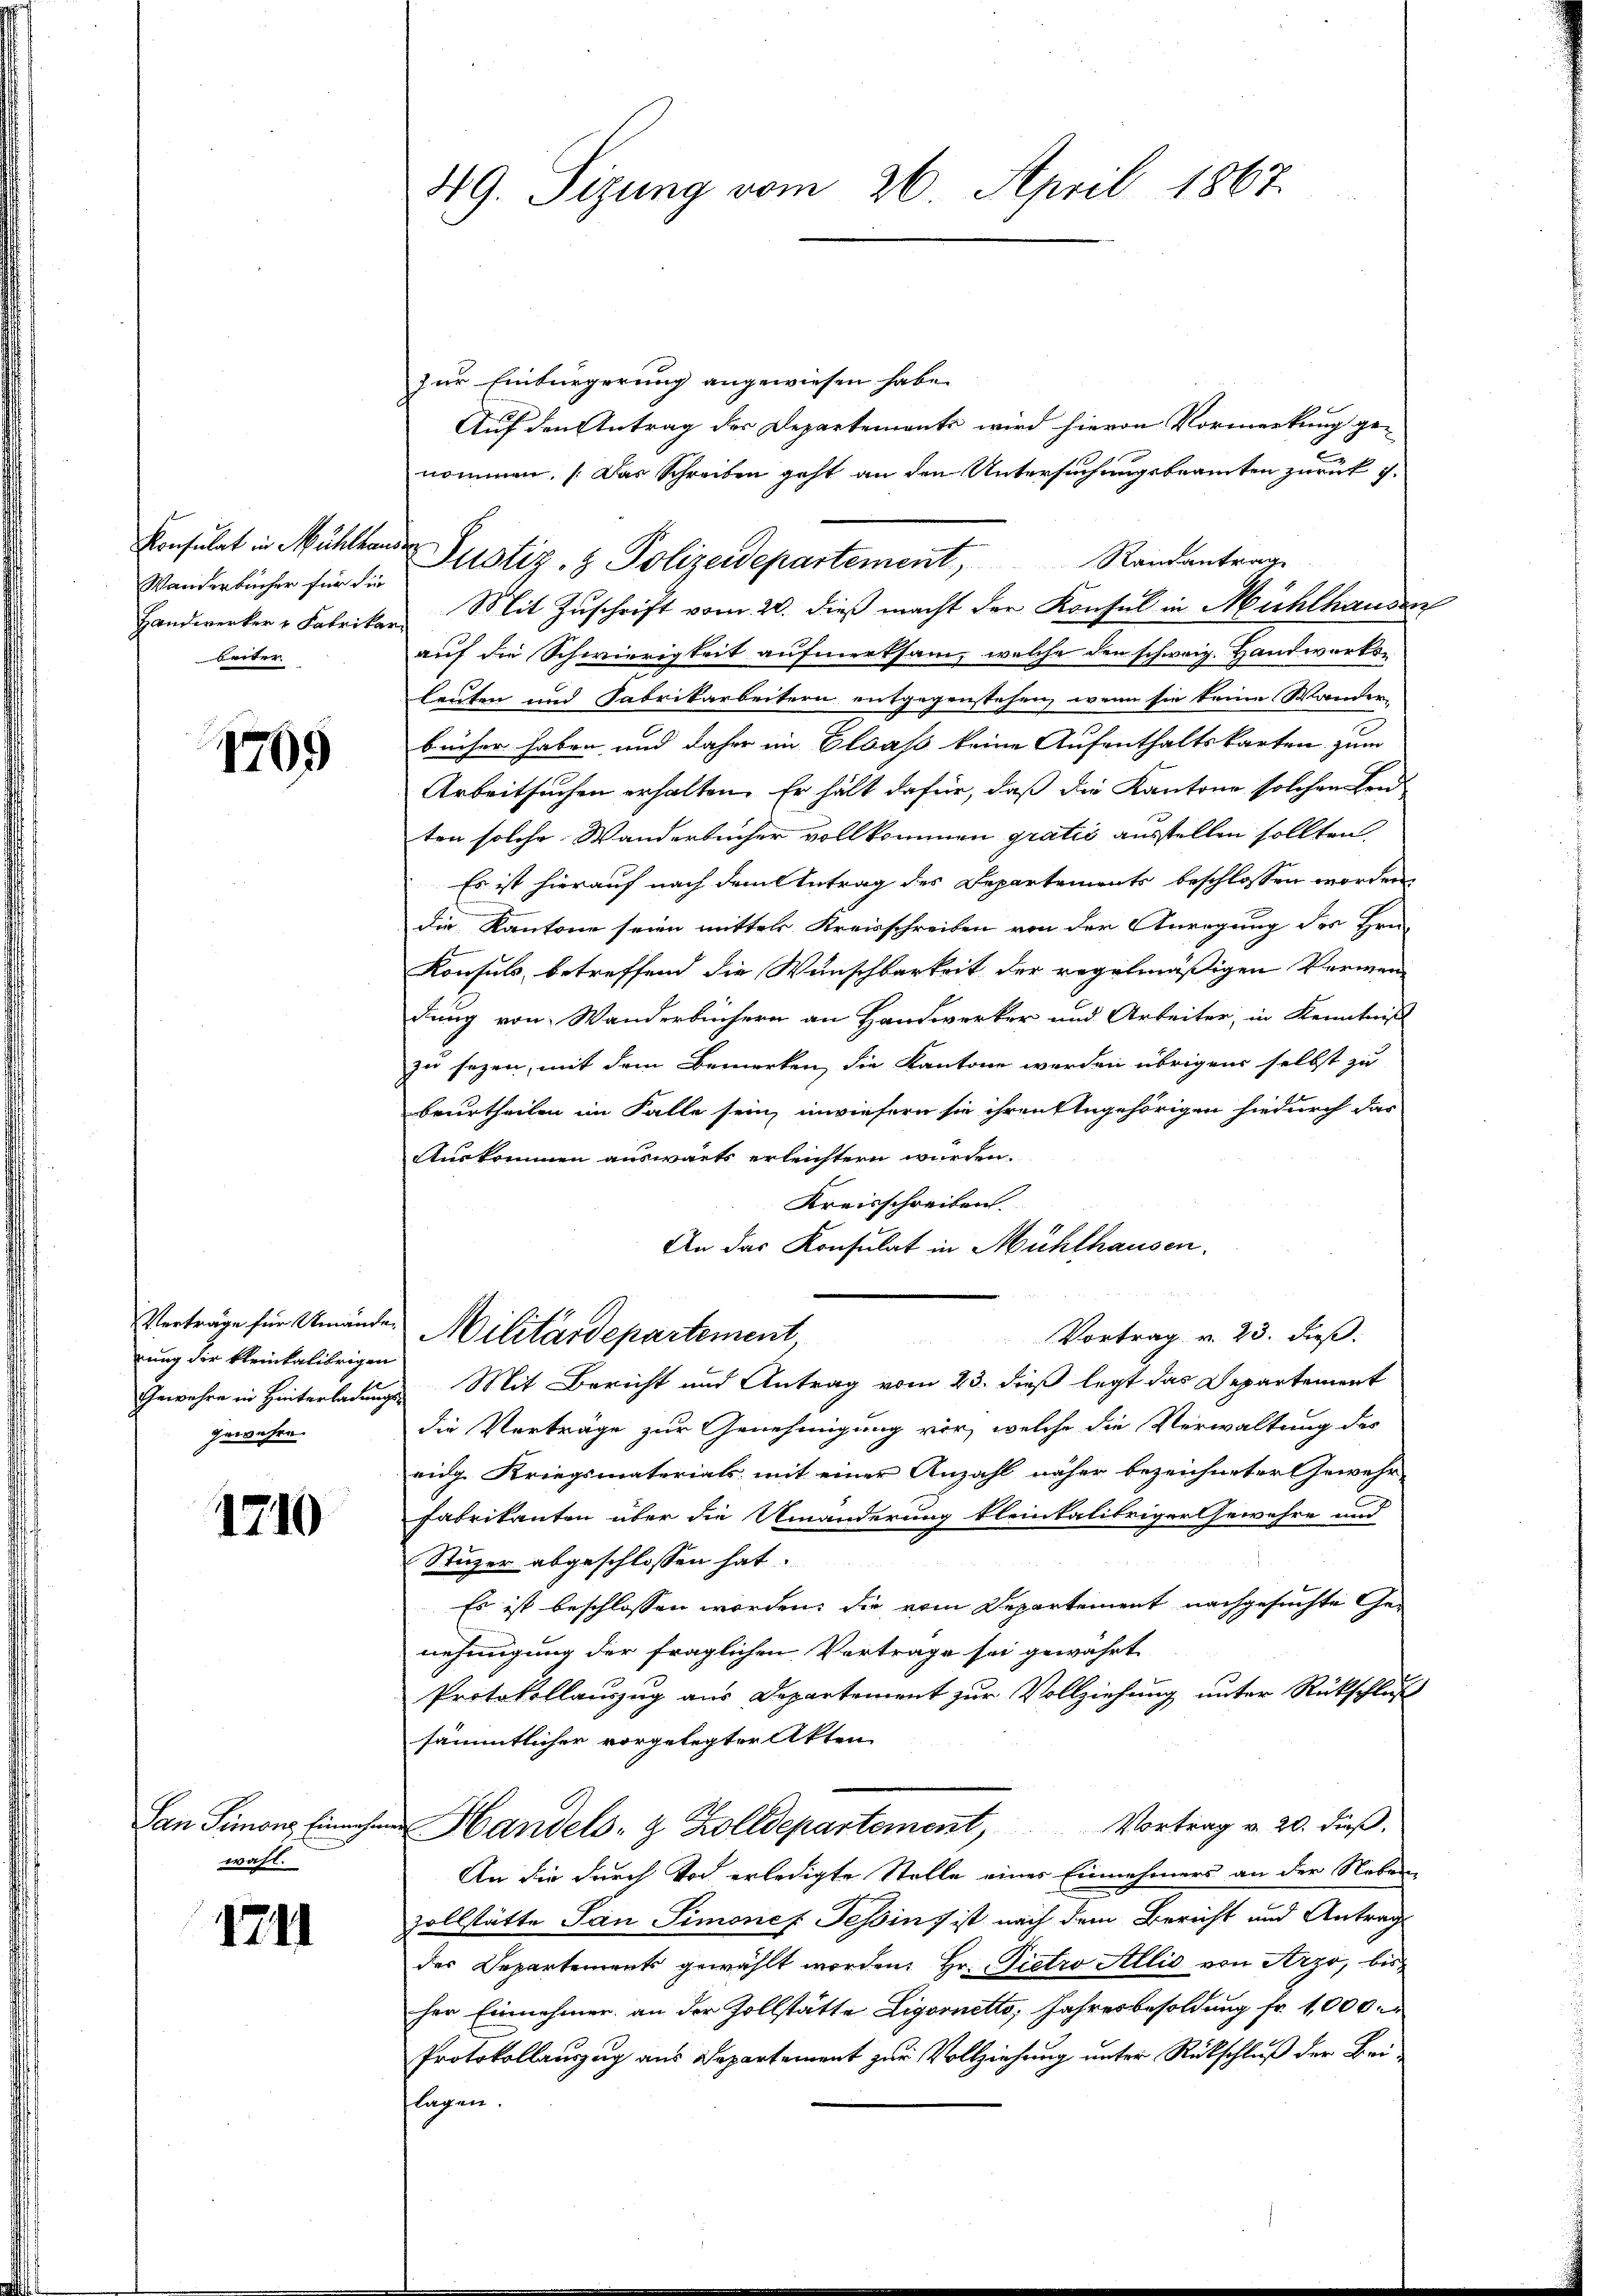
Wanderbücher für die
beiter.

1765

Verträge für Umände.
rung der kleinkalibrigen
Gewahre in Hinterladungs
gewesen.

1710

San Simons Einnahm
wahl.

1741

49. Sizung vom 26. April 1867.

zur Einbürgerung angewiesen habe.
Auf den Antrag der Departemente wird hievon Vormerkung genommen. (Das Schreiben geht an den Untersuchungsbeamten zurück g
Handwerker u Fabrikar Mit Zuschrift vom 20. dieß macht der Konsul in Mühlhanden
auf die Schwierigkeit aufmerksam, welche den schweiz. Handwerksleuten und Fabrikarbeitern entgegenstehen, wenn sie keine Wander-
bücher haben und daher im Elsass keine Aufenthaltskarten zum
Arbeitsuchen erhalten. Er hält dafür, daß die Kantone solchen Fenten solche Wanderbücher vollkommen gratis ausstellen sollten.
Es ist hierauf nach dem Antrag des Departements beschlossen worden,
die Kantone seien mittels Kreisschreiben von der Anregung des Hrn.
Konsuls, betreffend die Wunschbarkeit der regelmäßigen Verwen-
dung von Wanderbüchern an Handwerker und Arbeiter, in Kenntniß
zu sezen, mit dem Bemerken, die Kantone werden übrigens selbst zu
beurtheilen im Falle sein, inwiefern sie ihren Angehörigen hiedurch das
Auskommen auswärts erleichtern würden.
Kreisschreiben.
An das Konsulat in Mühlhausen.
Militärdepartement,
Vortrag v. 23. dieß.
Mit Bericht und Antrag vom 23. dieß legt das Departement
die Vorträge zur Genehmigung vor, welche die Verwaltung des
eidg. Kriegsmaterials mit einer Anzahl näher bezeichneter Gewehr-
Fabrikanten über die Umänderung kleintalibriger Gewehre und
Stuzer abgeschlossen hat.
Es ist beschlossen worden, die vom Departement nachgesuchte Genehmigung der fraglichen Vortrage sei gewährt
Protokollauszug aus Departement zur Vollziehung unter Rückschluß
sämmtlicher vorgelegter Akten
u Handels- & Zolldepartement, Vortrag v. 20. dieß.
An die durch Vor erledigte Stelle eines Einnehmers an der Nebenzollstätte San Simones Tessin, ist nach dem Bericht und Antrag
der Departements gewählt worden. Hr. Pietro Allis von Arzo, bis
her Einnehmer an der Zollstätte Ligornetto, Jahresbesoldung fr. 1000
Protokollauszug aus Departement zur Vollziehung unter Rückschluß der Bei-
lagen.

Konsulat in Mühlhander Justiz- & Polizeidepartement, Randantrag